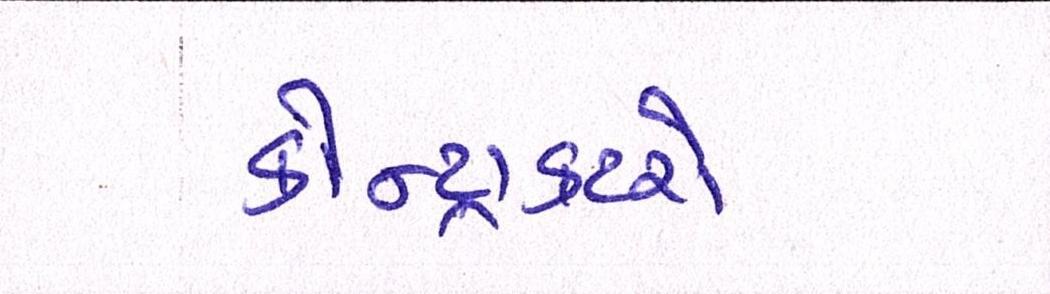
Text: કોન્ટ્રાક્ટરો